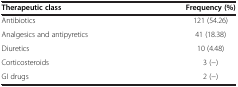
<table><thead><tr><td><b>Therapeutic class</b></td><td><b>Frequency (%)</b></td></tr></thead><tbody><tr><td>Antibiotics</td><td>121 (54.26)</td></tr><tr><td>Analgesics and antipyretics</td><td>41 (18.38)</td></tr><tr><td>Diuretics</td><td>10 (4.48)</td></tr><tr><td>Corticosteroids</td><td>3 (−)</td></tr><tr><td>GI drugs</td><td>2 (−)</td></tr></tbody></table>